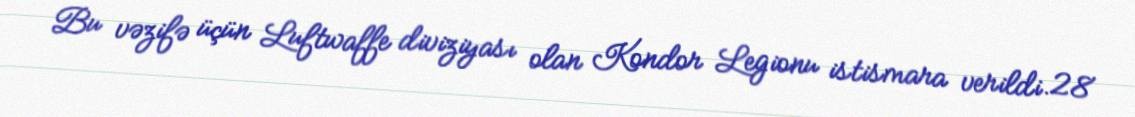
Bu vəzifə üçün Luftwaffe diviziyası olan Kondor Legionu istismara verildi.28